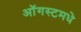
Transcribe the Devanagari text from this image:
ऑगस्टमधे